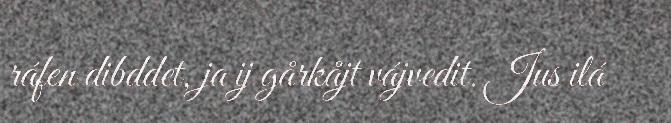
ráfen dibddet, ja ij gårkåjt vájvedit. Jus ilá